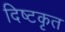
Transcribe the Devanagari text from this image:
दिष्टकृत